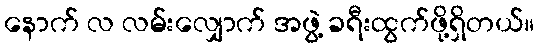
နောက် လ လမ်းလျှောက် အဖွဲ့ ခရီးထွက်ဖို့ရှိတယ်။